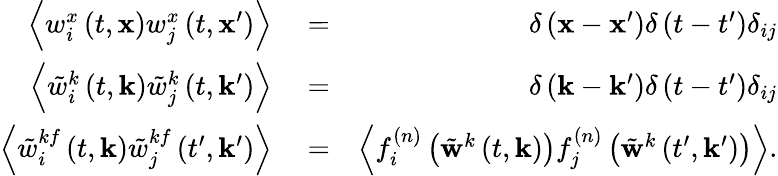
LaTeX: \begin{array}{rlr}{\left\langle w_{i}^{x}\left(t,\mathbf{x}\right)w_{j}^{x}\left(t,\mathbf{x}^{\prime}\right)\right\rangle}&{{}=}&{\delta\left(\mathbf{x}-\mathbf{x}^{\prime}\right)\delta\left(t-t^{\prime}\right)\delta_{ij}}\\ {\left\langle\tilde{w}_{i}^{k}\left(t,\mathbf{k}\right)\tilde{w}_{j}^{k}\left(t,\mathbf{k}^{\prime}\right)\right\rangle}&{{}=}&{\delta\left(\mathbf{k}-\mathbf{k}^{\prime}\right)\delta\left(t-t^{\prime}\right)\delta_{ij}}\\ {\left\langle\tilde{w}_{i}^{kf}\left(t,\mathbf{k}\right)\tilde{w}_{j}^{kf}\left(t^{\prime},\mathbf{k}^{\prime}\right)\right\rangle}&{{}=}&{\left\langle f_{i}^{(n)}\left(\tilde{\mathbf{w}}^{k}\left(t,\mathbf{k}\right)\right)f_{j}^{(n)}\left(\tilde{\mathbf{w}}^{k}\left(t^{\prime},\mathbf{k}^{\prime}\right)\right)\right\rangle.}\end{array}